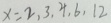
x = 2 , 3 , 4 , 6 , 1 2